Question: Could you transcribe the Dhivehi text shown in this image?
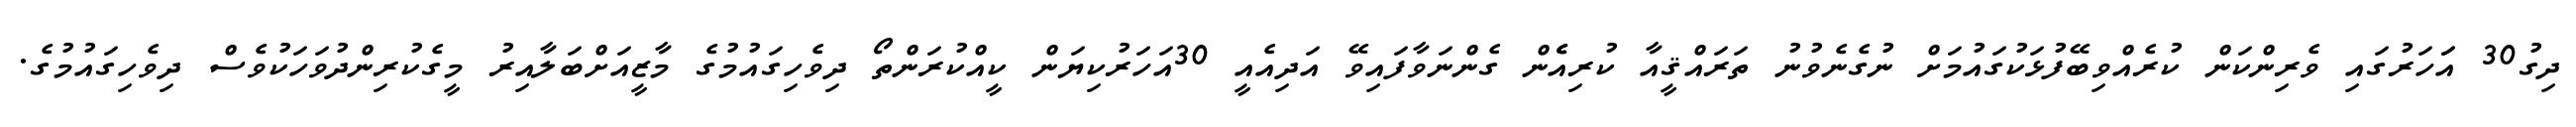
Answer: ދިގު30 އަަހަރުގައި ވެރިންކަން ކުރެއްވިބޭފުޅަކުގައުމަށް ނުގެނެވުނު ތަރައްޤީއާ ކުރިއެެން ގެންނަވާފައިވޭ އަދިއެއީ 30އަހަރުކިޔަން ކީއްކުރަންތޯ ދިވެހިގައުމުގެ މާޒީއަށްބަލާއިރު މީގެކުރިންދުވަހަކުވެސް ދިވެހިގައުމުގެ.